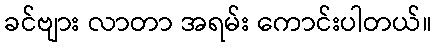
ခင်ဗျား လာတာ အရမ်း ကောင်းပါတယ်။